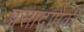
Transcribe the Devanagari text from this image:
प्रसादापैकी